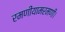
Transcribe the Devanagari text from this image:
रमणीयामरमणीं।